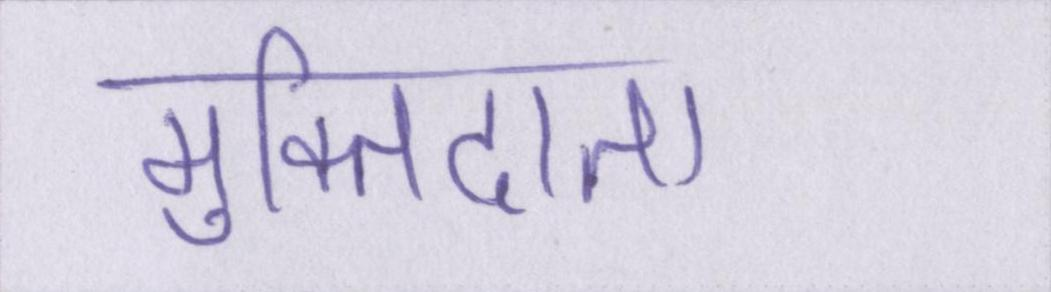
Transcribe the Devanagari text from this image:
मुक्तिदाता